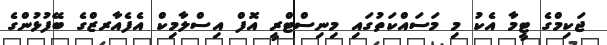
ޖަކިމްގެ ޓީމާ އެކު މި މަސައްކަތުގައި މިނިސްޓްރީ އޮފް އިސްލާމިކް އެފެއާރޒްގެ ބޭފުޅުންގެ